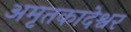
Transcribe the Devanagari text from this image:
अमृतकादेश्वर